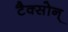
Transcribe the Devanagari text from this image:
टैक्सोन्